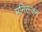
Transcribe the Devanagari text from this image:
मनिरन्जन